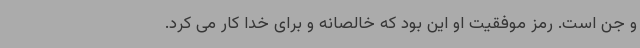
و جن است. رمز موفقیت او این بود که خالصانه و برای خدا کار می کرد.